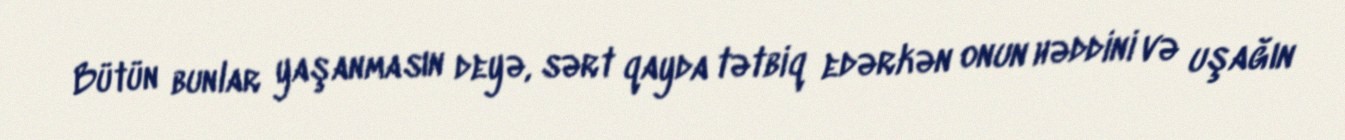
Bütün bunlar yaşanmasın deyə, sərt qayda tətbiq edərkən onun həddini və uşağın